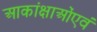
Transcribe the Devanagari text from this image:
आकांक्षाओंएवं